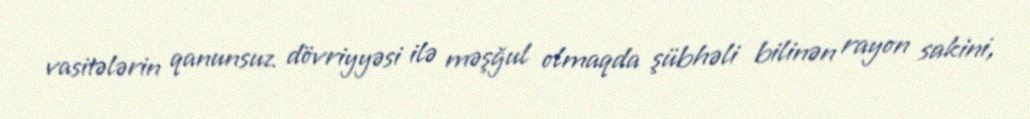
vasitələrin qanunsuz dövriyyəsi ilə məşğul olmaqda şübhəli bilinən rayon sakini,